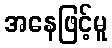
အနေဖြင့်မူ